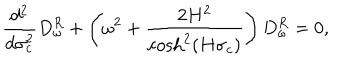
\frac { d ^ { 2 } } { d \sigma _ { c } ^ { 2 } } D _ { \omega } ^ { R } + \left( \omega ^ { 2 } + \frac { 2 H ^ { 2 } } { \cosh ^ { 2 } ( H \sigma _ { c } ) } \right) D _ { \omega } ^ { R } = 0 ,